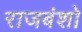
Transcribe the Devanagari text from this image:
राजबंशो